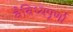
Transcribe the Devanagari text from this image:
वैविध्यपूर्णा